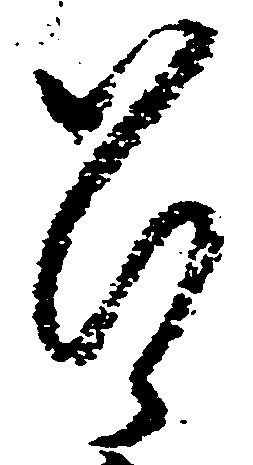
召